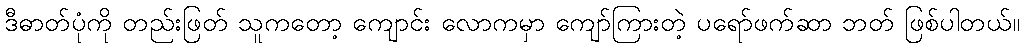
ဒီဓာတ်ပုံကို တည်းဖြတ် သူကတော့ ကျောင်း လောကမှာ ကျော်ကြားတဲ့ ပရော်ဖက်ဆာ ဘတ် ဖြစ်ပါတယ်။